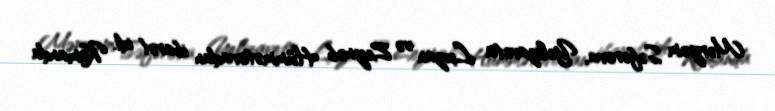
Məryəm Səfərova, Yelizaveta Luzan və Zeynəb Hümmətovadan ibarət idi. Komanda